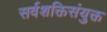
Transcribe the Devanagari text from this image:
सर्वशक्तिसंयुक्त